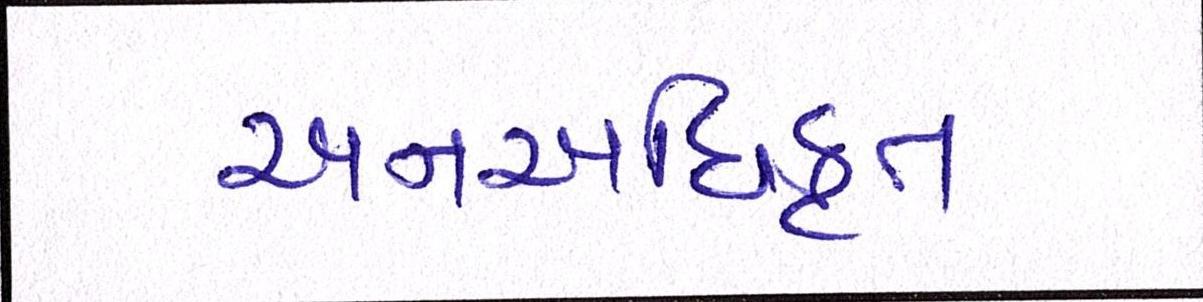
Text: અનઅધિકૃત